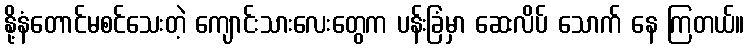
နို့နံတောင်မစင်သေးတဲ့ ကျောင်းသားလေးတွေက ပန်းခြံမှာ ဆေးလိပ် သောက် နေ ကြတယ်။